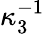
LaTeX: \kappa_{3}^{-1}